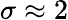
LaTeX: \sigma\approx 2